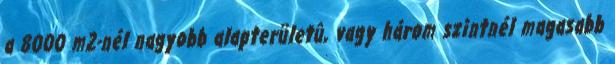
a 8000 m2-nél nagyobb alapterületû, vagy három szintnél magasabb